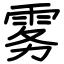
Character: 雾